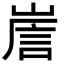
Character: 𡹼